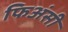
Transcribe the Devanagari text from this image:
फिअंसी